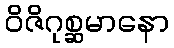
ဝိဇိဂုစ္ဆမာနော